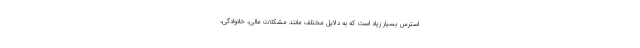
استرس بسیار زیاد است که به دلایل مختلف مانند مشکلات مالی، خانوادگی،